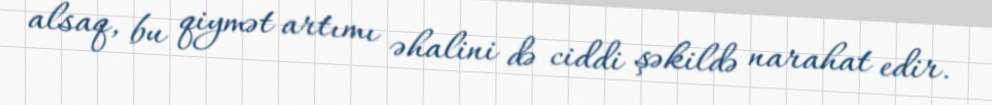
alsaq, bu qiymət artımı əhalini də ciddi şəkildə narahat edir.